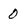
Character: 0